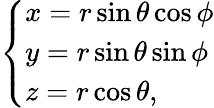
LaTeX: \left\{ \begin{array}{ll}{x=r\sin\theta\cos\phi}\\ {y=r\sin\theta\sin\phi}\\ {z=r\cos\theta,}\end{array}\right.